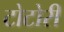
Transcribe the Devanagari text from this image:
टोटोरी